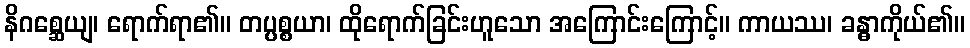
နိဂစ္ဆေယျ၊ ရောက်ရာ၏။ တပ္ပစ္စယာ၊ ထိုရောက်ခြင်းဟူသော အကြောင်းကြောင့်။ ကာယဿ၊ ခန္ဓာကိုယ်၏။